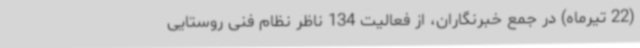
(22 تیرماه) در جمع خبرنگاران، از فعالیت 134 ناظر نظام فنی روستایی